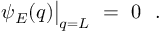
\psi _ { E } ( q ) \bigr | _ { q = L } \ = \ 0 \ \ .